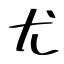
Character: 尤